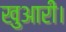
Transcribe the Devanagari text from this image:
खुआरी।